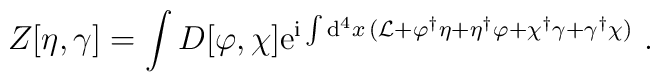
Z [ \eta,\gamma] = \int D [\varphi, \chi ]  {\rm e}^{{\rm  i} \int {\rm d}^4x\,({\cal L}+\varphi^{\dagger} \eta + \eta^{\dagger} \varphi + \chi ^{\dagger} \gamma + \gamma^{\dagger} \chi ) }\ .